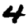
Digit: 4